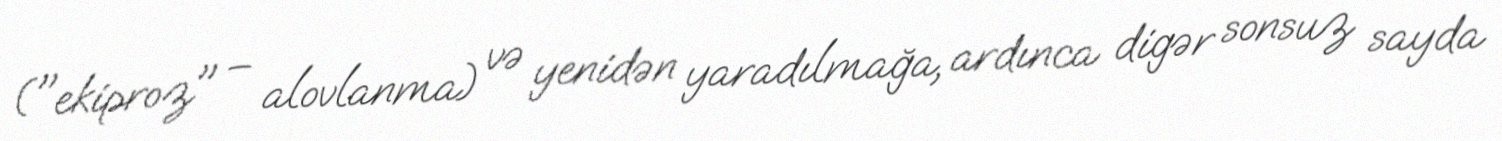
("ekiproz" – alovlanma) və yenidən yaradılmağa, ardınca digər sonsuz sayda